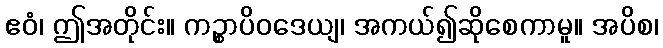
ဧဝံ၊ ဤအတိုင်း။ ကဉ္စာပိဝဒေယျ၊ အကယ်၍ဆိုစေကာမူ။ အပိစ၊